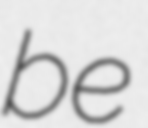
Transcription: be